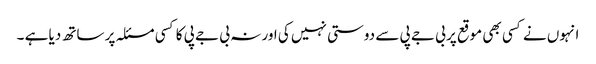
انہوں نے کسی بھی موقع پر بی جے پی سے دوستی نہیں کی اور نہ بی جے پی کا کسی مسئلہ پر ساتھ دیا ہے ۔